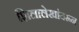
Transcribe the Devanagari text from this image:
शिलालेखांवरून